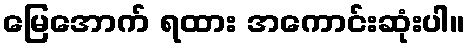
မြေအောက် ရထား အကောင်းဆုံးပါ။